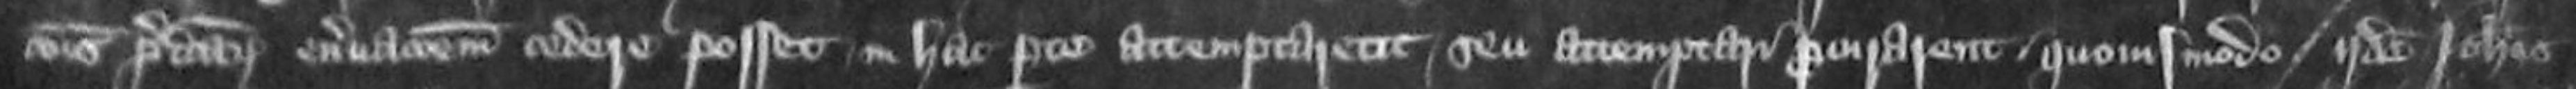
recuperationis predictorum enervationem cedere posset in hac parte attemptaret seu attemptari procuraret quousmodo iidem Johannes